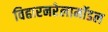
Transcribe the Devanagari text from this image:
विहारनरेलामॉडल